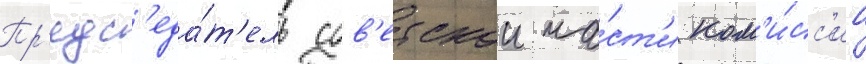
Пр'едс'еда́т'ель сов'етскои ча́ст'и ком'и́сс'ии